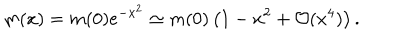
m ( x ) = m ( 0 ) e ^ { - x ^ { 2 } } \simeq m ( 0 ) \left( 1 - x ^ { 2 } + { \mathcal O } ( x ^ { 4 } ) \right) .